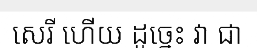
សេរី ហើយ ដូច្នេះ វា ជា